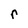
Character: r